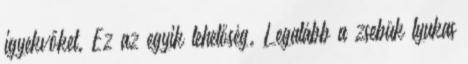
igyekvőket. Ez az egyik lehetőség. Legalább a zsebük lyukas